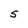
Character: 5